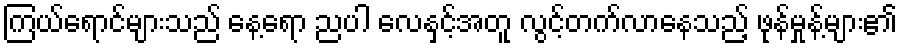
ကြယ်ရောင်များသည် နေ့ရော ညပါ လေနှင့်အတူ လွင့်တက်လာနေသည့် ဖုန်မှုန့်များ၏